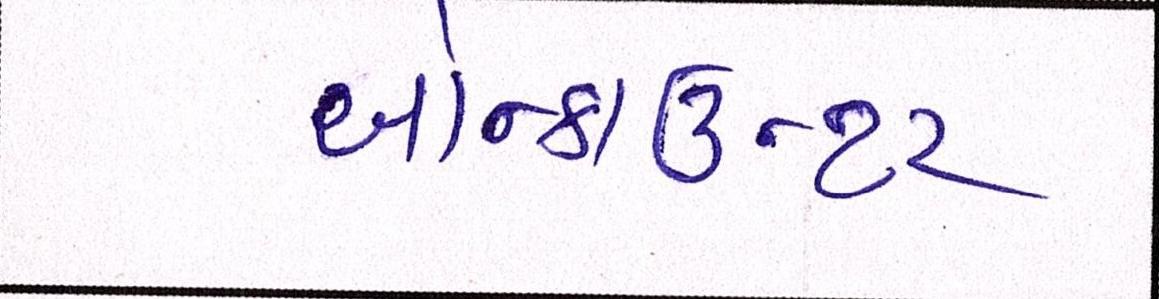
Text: એન્કાઉન્ટર